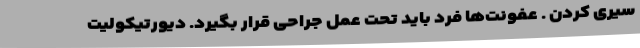
سیری کردن . عفونت‌ها فرد باید تحت عمل جراحی قرار بگیرد. دیورتیکولیت